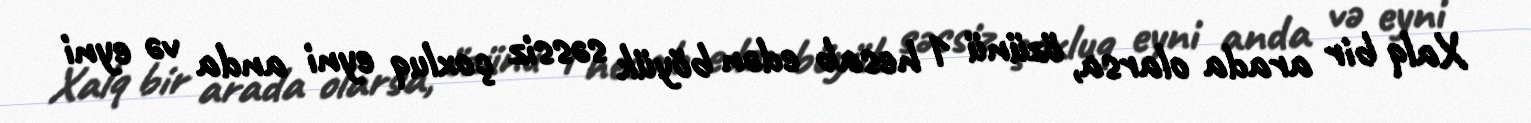
Xalq bir arada olarsa, özünü 1 hesab edən böyük səssiz çoxluq eyni anda və eyni